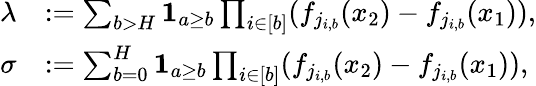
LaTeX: \begin{array}{rl}{\lambda}&{:=\sum_{b>H}\mathbf{1}_{a\ge b}\prod_{i\in[b]}(f_{j_{i,b}}(x_{2})-f_{j_{i,b}}(x_{1})),}\\ {\sigma}&{:=\sum_{b=0}^{H}\mathbf{1}_{a\ge b}\prod_{i\in[b]}(f_{j_{i,b}}(x_{2})-f_{j_{i,b}}(x_{1})),}\end{array}